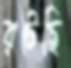
রটেছি